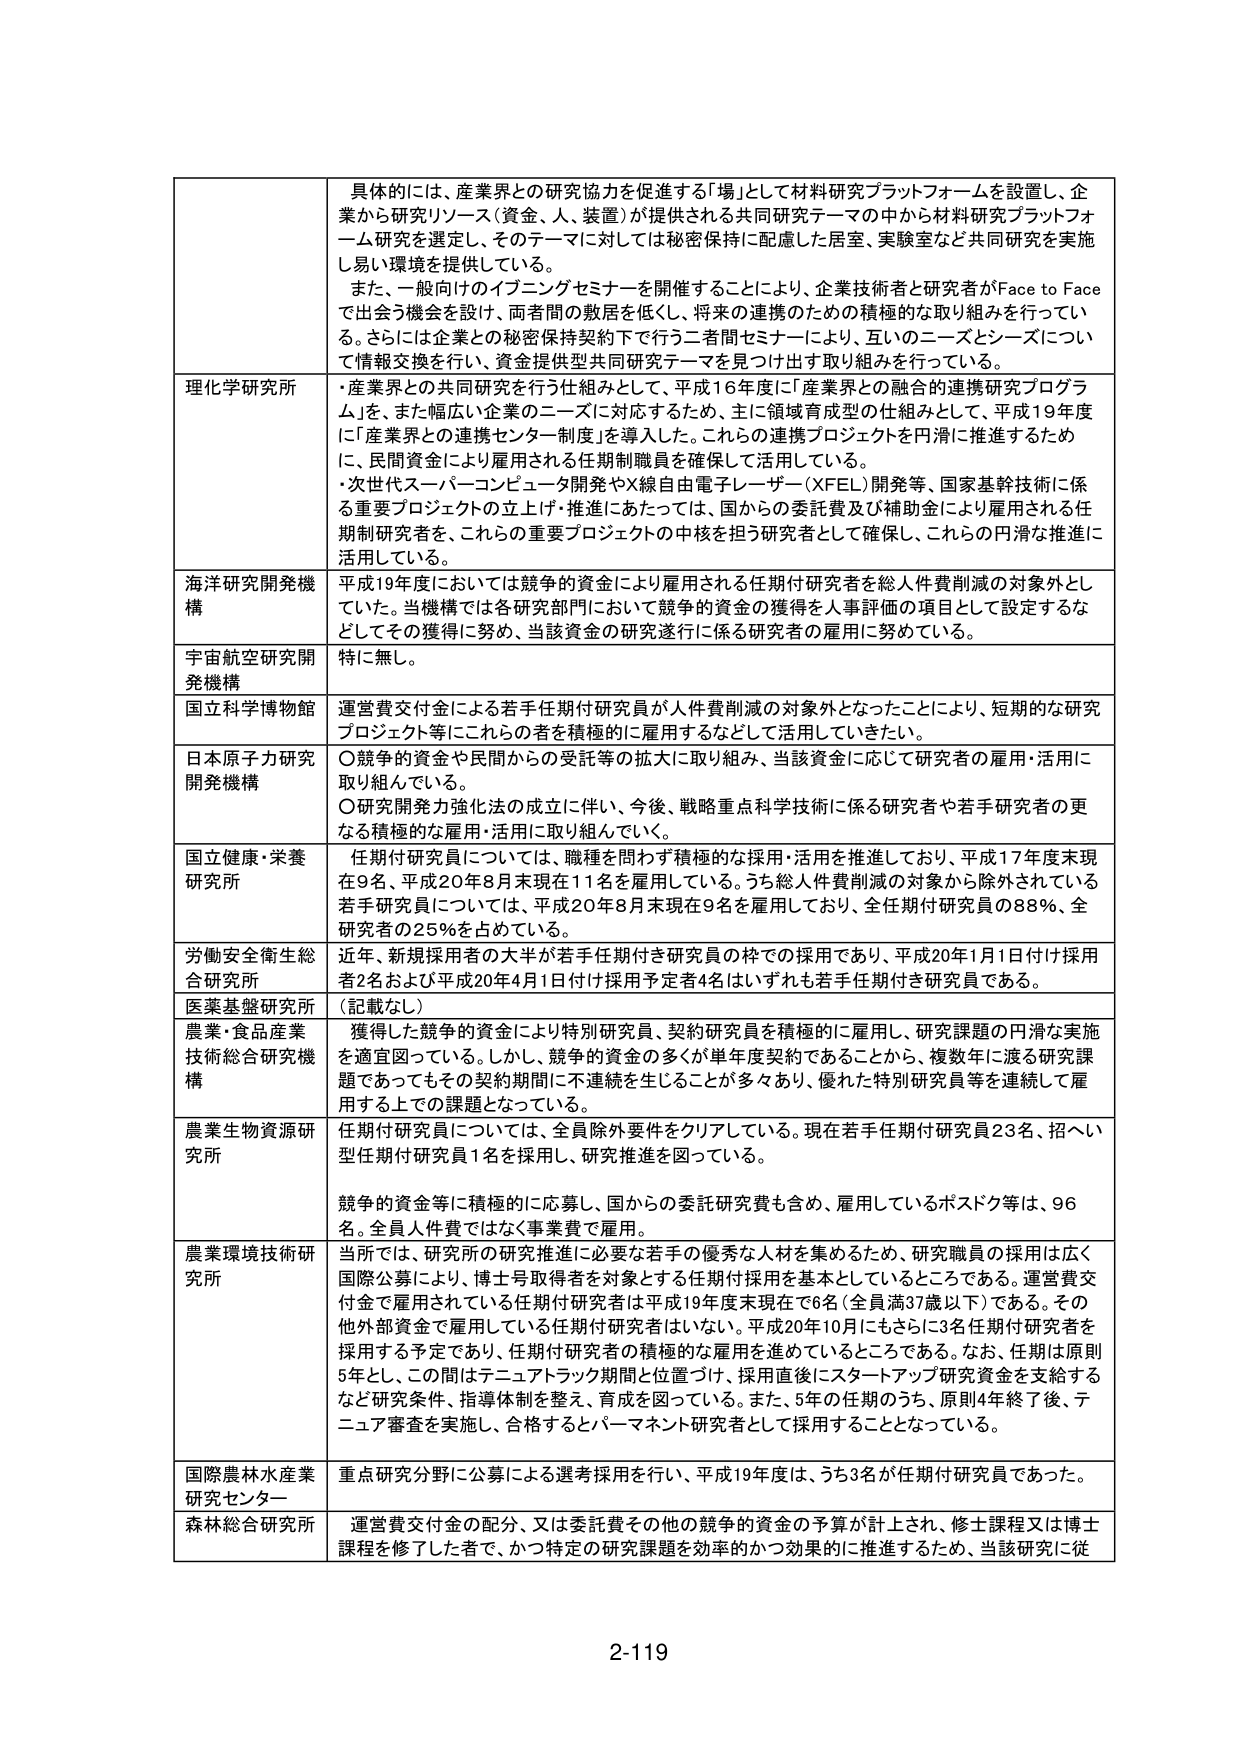
具体的には、産業界との研究協力を促進する「場」として材料研究プラットフォームを設置し、企業から研究リソース（資金、人、装置）が提供される共同研究テーマの中から材料研究プラットフォーム研究を選定し、そのテーマに対しては秘密保持に配慮した居室、実験室など共同研究を実施し易い環境を提供している。

また、一般向けのイブニングセミナーを開催することにより、企業技術者と研究者がFace to Faceで出会う機会を設け、両者間の敷居を低くし、将来の連携のための積極的な取り組みを行っている。さらには企業との秘密保持契約下で行う二者間セミナーにより、互いのニーズとシーズについて情報交換を行い、資金提供型共同研究テーマを見つける取り組みを行っている。

理化学研究所
・産業界との共同研究を行う仕組みとして、平成16年度に「産業界との融合の連携研究プログラム」を、また幅広い企業のニーズに対応するため、主に領域育成型の仕組みとして、平成19年度に「産業界との連携センター制度」を導入した。これらの連携プロジェクトを円滑に推進するために、民間資金により雇用される任期制職員を確保して活用している。
・次世代スーパーコンピュータ開発やX線自由電子レーザー（XFEL）開発等、国家基幹技術に係る重要プロジェクトの立上げ・推進にあたっては、国からの委託費及び補助金により雇用される任期制研究者を、これらの重要プロジェクトの中核を担う研究者として確保し、これらの円滑な推進に活用している。

海洋研究開発機構
平成19年度においては競争的資金により雇用される任期付研究者を総人件費削減の対象外としていた。当機構では各研究部門において競争的資金の獲得を人事評価の項目として設定するなどしてその獲得に努め、当該資金の研究遂行に係る研究者の雇用に努めている。

宇宙航空研究開発機構
特に無し。

国立科学博物館
運営費交付金による若手任期付研究員が人件費削減の対象外となったことにより、短期的な研究プロジェクト等にこれらの人を積極的に雇用するなどして活用していきたい。

日本原子力研究開発機構
〇競争的資金や民間からの受託等の拡大に取り組み、当該資金に応じて研究者の雇用・活用に取り組んでいる。
〇研究開発力強化法の成立に伴い、今後、戦略重点科学技術に係る研究者や若手研究者の更なる積極的な雇用・活用に取り組んでいく。

国立健康・栄養研究所
任期付研究員については、職種を問わず積極的な採用・活用を推進しており、平成17年度末現在9名、平成20年8月末現在11名を雇用している。うち総人件費削減の対象から除外されている若手研究員については、平成20年8月末現在9名を雇用しており、全任期付研究員の88％、全研究者の25％を占めている。

労働安全衛生総合研究所
近年、新規採用者の大半が若手任期付き研究員の枠での採用であり、平成20年1月1日付け採用者2名および平成20年4月1日付け採用予定者4名はいずれも若手任期付き研究員である。

医薬基盤研究所
（記載なし）

農業・食品産業技術総合研究機構
獲得した競争的資金により特別研究員、契約研究員を積極的に雇用し、研究課題の円滑な実施を適宜図っている。しかし、競争的資金の多くが単年度契約であることから、複数年に渡る研究課題であってもその契約期間に不連続を生じることが多々あり、優れた特別研究員等を連続して雇用する上での課題となっている。

農業生物資源研究所
任期付研究員については、全員除外要件をクリアしている。現在若手任期付研究員23名、招へい型任期付研究員1名を採用し、研究推進を図っている。

競争的資金等に積極的に応募し、国からの委託研究費も含め、雇用しているポスドク等は、96名。全員人件費ではなく事業費で雇用。

農業環境技術研究所
当所では、研究所の研究推進に必要な若手の優秀な人材を集めるため、研究職員の採用は広く国際公募により、博士号取得者を対象とする任期付採用を基本としているところである。運営費交付金で雇用されている任期付研究者は平成19年度末現在で6名（全員満37歳以下）である。その他外部資金で雇用している任期付研究者はいない。平成20年10月にもさらに3名任期付研究者を採用する予定であり、任期付研究者の積極的な雇用を進めているところである。なお、任期は原則5年とし、この間はテニュアトラック期間と位置づけ、採用直後にスタートアップ研究資金を支給するなど研究条件、指導体制を整え、育成を図っている。また、5年の任期のうち、原則4年終了後、テニュア審査を実施し、合格するとパーマネント研究者として採用することとなっている。

国際農林水産業研究センター
重点研究分野に公募による選考採用を行い、平成19年度は、うち3名が任期付研究員であった。

森林総合研究所
運営費交付金の配分、又は委託費その他の競争的資金の予算が計上され、修士課程又は博士課程を修了した者で、かつ特定の研究課題を効率的かつ効果的に推進するため、当該研究に従

2-119